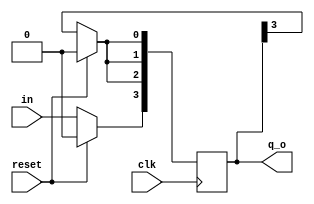
module day4(
  input wire in,
  
  input wire clk,
  input wire  reset,
  
  output reg [3:0] q_o,

);
  
  always@(posedge clk)
    begin
    if(reset)
      q_o <= 4'b0000;
     else begin
       q_o[3] <= in;
       q_o[2] <= q_o[3];
       q_o[1] <= q_o[3];
       q_o[0] <= q_o[3];
     end
    end
  
endmodule